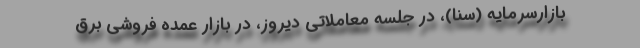
بازارسرمایه (سنا)، در جلسه معاملاتی دیروز، در بازار عمده فروشی برق